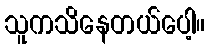
သူကသိနေတယ်ပေါ့။